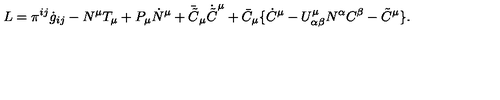
L = \pi ^ { i j } \dot { g } _ { i j } - N ^ { \mu } T _ { \mu } + P _ { \mu } \dot { N } ^ { \mu } + \bar { \tilde { C } } _ { \mu } \dot { \tilde { C } } ^ { \mu } + \bar { C } _ { \mu } \{ \dot { C } ^ { \mu } - U _ { \alpha \beta } ^ { \mu } N ^ { \alpha } C ^ { \beta } - \tilde { C } ^ { \mu } \} .